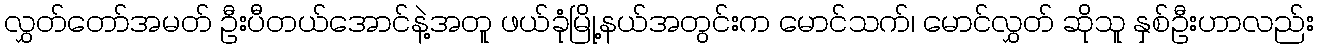
လွှတ်တော်အမတ် ဦးပီတယ်အောင်နဲ့အတူ ဖယ်ခုံမြို့နယ်အတွင်းက မောင်သက်၊ မောင်လွှတ် ဆိုသူ နှစ်ဦးဟာလည်း